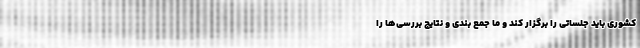
کشوری باید جلساتی را برگزار کند و ما جمع بندی و نتایج بررسی‌ها را